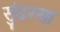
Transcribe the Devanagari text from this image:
सुंदरसा